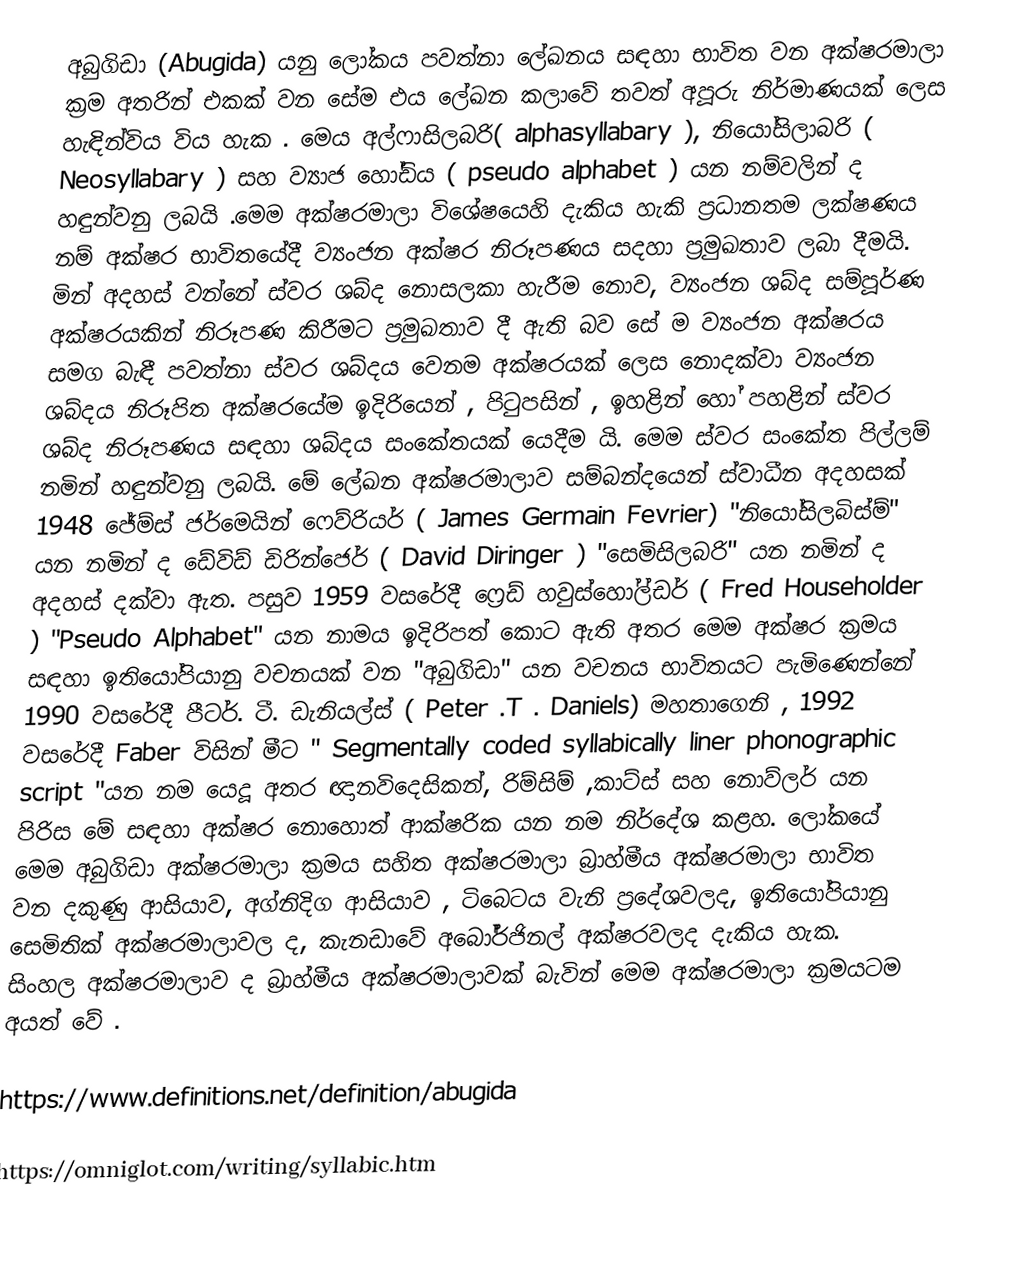
අබුගිඩා (Abugida) යනු ලෝකය පවත්නා ලේඛනය සඳහා  භාවිත වන අක්ෂරමාලා ක්‍රම අතරින් එකක් වන සේම  එය ලේඛන කලාවේ තවත් අපූරු නිර්මාණයක් ලෙස හැඳින්විය විය හැක . මෙය අල්ෆාසිලබරි( alphasyllabary ),  නියෝසිලාබරි ( Neosyllabary ) සහ ව්‍යාජ හෝඩිය ( pseudo alphabet ) යන නම්වලින් ද හඳුන්වනු ලබයි .මෙම අක්ෂරමාලා  විශේෂයෙහි දැකිය හැකි ප්‍රධානතම ලක්ෂණය නම් අක්ෂර භාවිතයේදී ව්‍යංජන අක්ෂර නිරූපණය සදහා ප්‍රමුඛතාව ලබා දීමයි. මින් අදහස් වන්නේ ස්වර ශබ්ද නොසලකා හැරීම නොව, ව්‍යංජන ශබ්ද සම්පූර්ණ අක්ෂරයකින් නිරූපණ  කිරීමට ප්‍රමුඛතාව දී ඇති බව සේ ම ව්‍යංජන අක්ෂරය සමග බැඳී පවත්නා ස්වර ශබ්දය වෙනම අක්ෂරයක් ලෙස නොදක්වා ව්‍යංජන ශබ්දය නිරූපිත අක්ෂරයේම ඉදිරියෙන් , පිටුපසින් , ඉහළින් හෝ පහළින් ස්වර ශබ්ද නිරූපණය සඳහා  ශබ්දය සංකේතයක් යෙදීම යි. මෙම ස්වර සංකේත පිල්ලම් නමින් හඳුන්වනු ලබයි.  මේ ලේඛන අක්ෂරමාලාව සම්බන්දයෙන් ස්වාධීන අදහසක් 1948 ජේම්ස් ජර්මෙයින් ෆෙව්රියර් ( James Germain Fevrier)   "නියෝසිලබිස්ම්" යන නමින් ද ඩේවිඩ් ඩිරින්ජෙර් ( David Diringer ) "සෙමිසිලබරි" යන නමින් ද අදහස් දක්වා ඇත. පසුව 1959 වසරේදී  ෆ්‍රෙඩ් හවුස්හෝල්ඩර් ( Fred Householder ) "Pseudo Alphabet" යන නාමය ඉදිරිපත් කොට ඇති අතර මෙම අක්ෂර ක්‍රමය සඳහා ඉතියෝපියානු වචනයක් වන "අබුගිඩා" යන වචනය භාවිතයට පැමිණෙන්නේ 1990 වසරේදී පීටර්. ටී. ඩැනියල්ස් ( Peter .T . Daniels) මහතාගෙනි ,  1992 වසරේදී Faber විසින් මීට " Segmentally coded syllabically liner phonographic script "යන නම යෙදූ අතර ඥානවිදෙසිකන්, රිම්සිම් ,කාට්ස් සහ නොව්ලර් යන පිරිස මේ සඳහා අක්ෂර නොහොත් ආක්ෂරික යන නම නිර්දේශ කළහ.  ලෝකයේ මෙම අබුගිඩා අක්ෂරමාලා ක්‍රමය සහිත අක්ෂරමාලා බ්‍රාහ්මීය අක්ෂරමාලා භාවිත වන දකුණු ආසියාව, අග්නිදිග ආසියාව , ටිබෙටය වැනි ප්‍රදේශවලද, ඉතියෝපියානු සෙමිතික් අක්ෂරමාලාවල ද, කැනඩාවේ අබෝර්ජිනල් අක්ෂරවලද දැකිය හැක.  සිංහල අක්ෂරමාලාව ද බ්‍රාහ්මීය අක්ෂරමාලාවක් බැවින් මෙම අක්ෂරමාලා ක්‍රමයටම අයත් වේ .

https://www.definitions.net/definition/abugida

https://omniglot.com/writing/syllabic.htm